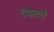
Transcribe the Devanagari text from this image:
फिसलें